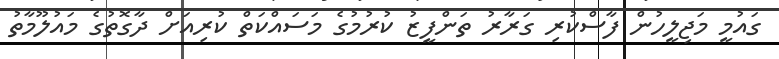
ގައުމީ މަޖިލީހުން ފާސްކުރި ގަރާރު ތަންފީޒު ކުރުމުގެ މަސައްކަތް ކުރިއަށް ދާގޮތުގެ މައުލޫމާތު